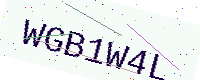
Text: WGB1W4L